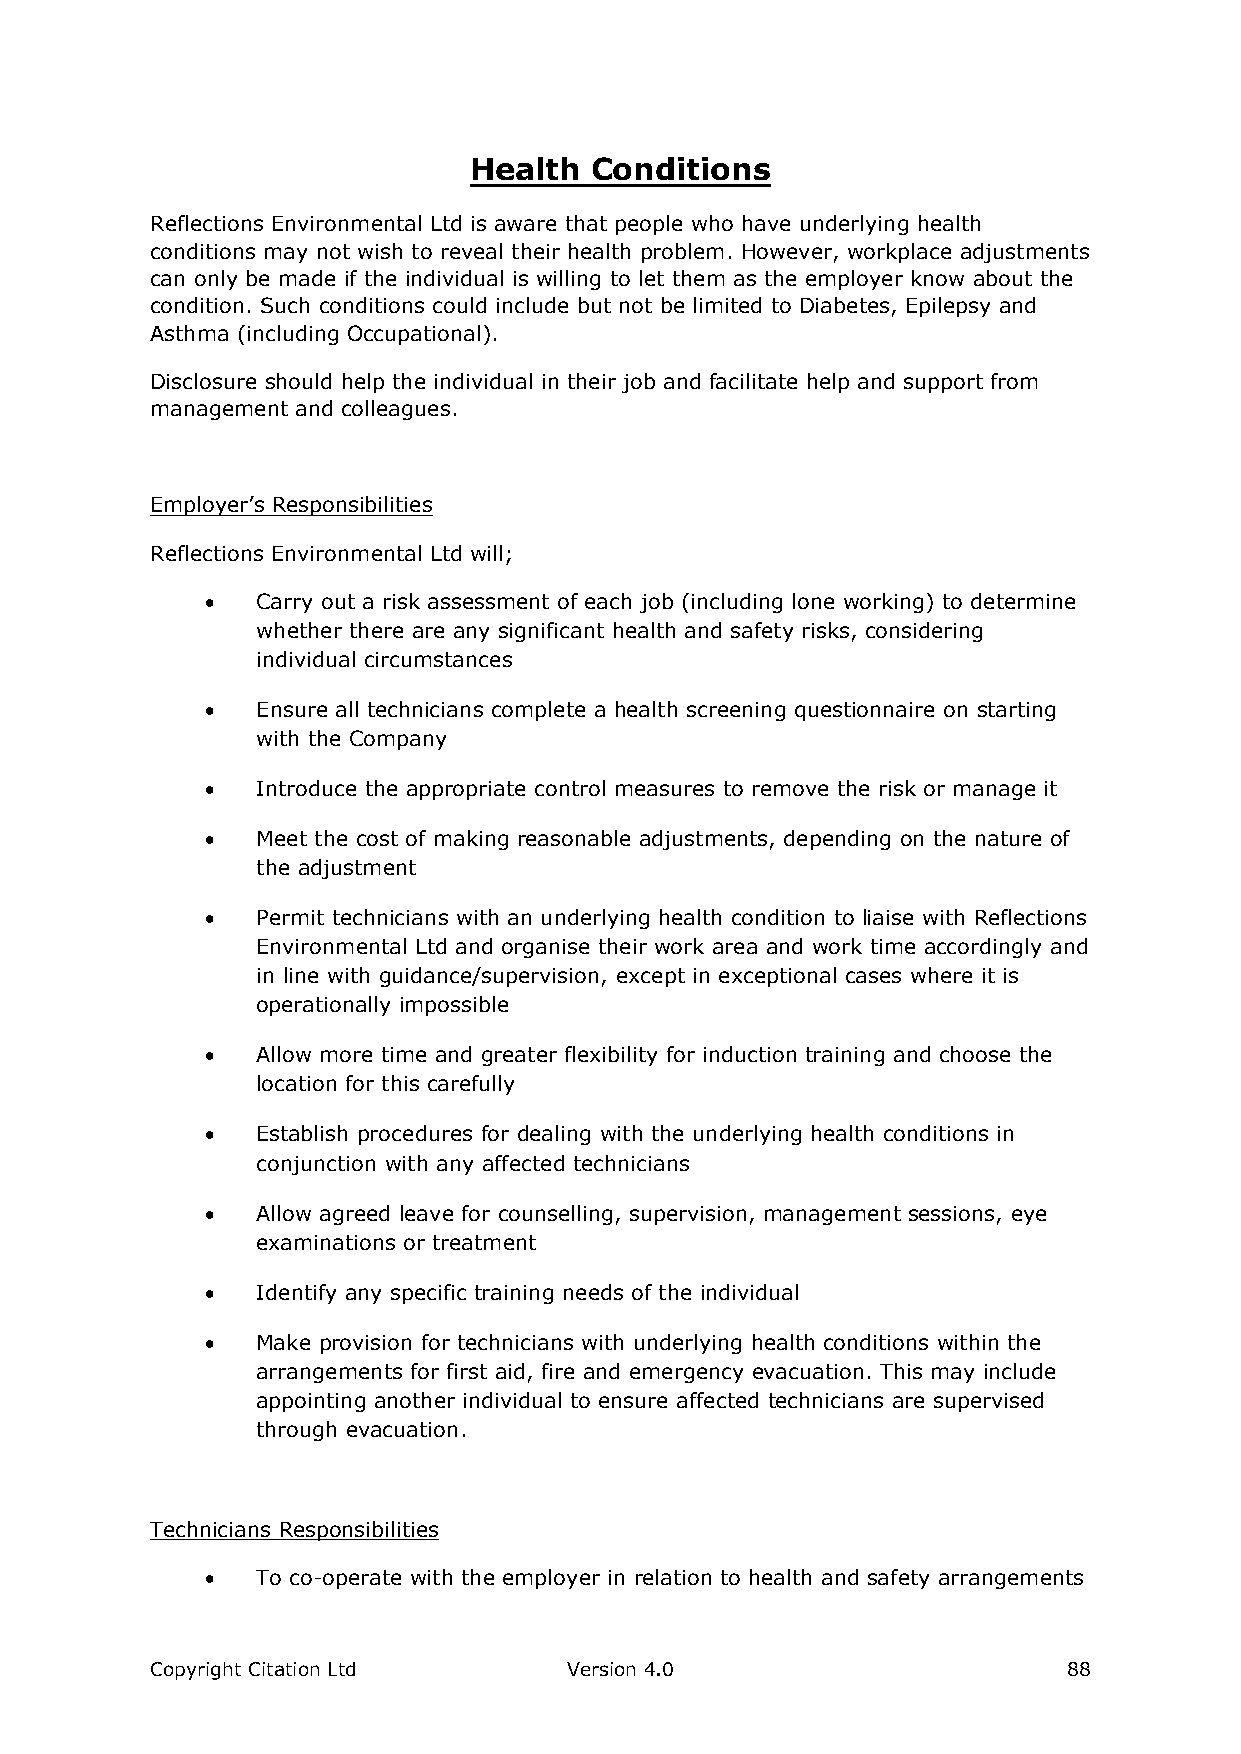
Health  Conditions
 Reflections Environmental Ltd is aware that people who have underlying health
 conditions may not wish to reveal their health problem. However, workplace adjustments
 can only be made if the individual is willing to let them as the employer know about the
 condition. Such conditions could include but not be limited to Diabetes, Epilepsy and
 Asthma (including Occupational).
 Disclosure should help the individual in their job and facilitate help and support from
 management and colleagues.
 Employer’s Responsibilities
 Reflections Environmental Ltd will;
   Carry out a risk assessment of each job (including lone working) to determine
 whether there are any significant health and safety risks, considering
 individual circumstances
   Ensure all technicians complete a health screening questionnaire on starting
 with the Company
   Introduce the appropriate control measures to remove the risk or manage it
   Meet the cost of making reasonable adjustments, depending on the nature of
 the adjustment
   Permit technicians with an underlying health condition to liaise with Reflections
 Environmental Ltd and organise their work area and work time accordingly and
 in line with guidance/supervision, except in exceptional cases where it is
 operationally impossible
   Allow more time and greater flexibility for induction training and choose the
 location for this carefully
   Establish procedures for dealing with the underlying health conditions in
 conjunction with any affected technicians
   Allow agreed leave for counselling, supervision, management sessions, eye
 examinations or treatment
   Identify any specific training needs of the individual
   Make provision for technicians with underlying health conditions within the
 arrangements for first aid, fire and emergency evacuation. This may include
 appointing another individual to ensure affected technicians are supervised
 through evacuation.
 Technicians Responsibilities
   To co-operate with the employer in relation to health and safety arrangements
 Copyright Citation Ltd      Version 4.0                      88